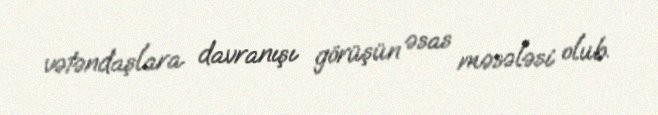
vətəndaşlara davranışı görüşün əsas məsələsi olub.